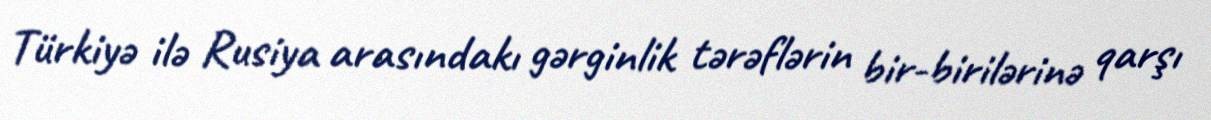
Türkiyə ilə Rusiya arasındakı gərginlik tərəflərin bir-birilərinə qarşı